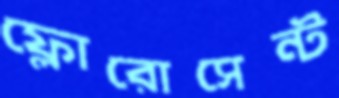
ফ্লোরোসেন্ট